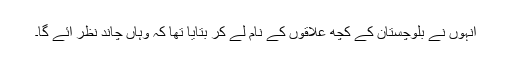
انہوں نے بلوچستان کے کچھ علاقوں کے نام لے کر بتایا تھا کہ وہاں چاند نظر آئے گا۔